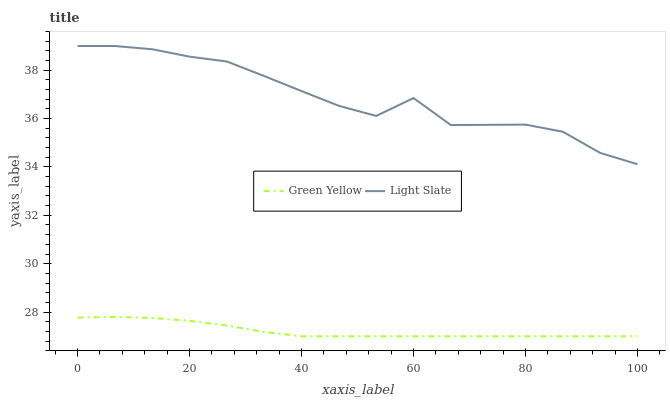
| xaxis_label | Green Yellow | Light Slate |
 | --- | --- | --- |
 | 0 | 27.8 | 39 |
 | 6.67 | 27.8 | 39 |
 | 13.3 | 27.8 | 38.9 |
 | 20 | 27.6 | 38.6 |
 | 26.7 | 27.4 | 38.4 |
 | 33.3 | 27.2 | 37.8 |
 | 40 | 27 | 37.1 |
 | 46.7 | 27 | 36.5 |
 | 53.3 | 27 | 36.1 |
 | 60 | 27 | 36.8 |
 | 66.7 | 27 | 35.7 |
 | 73.3 | 27 | 35.7 |
 | 80 | 27 | 35.7 |
 | 86.7 | 27 | 35.5 |
 | 93.3 | 27 | 34.6 |
 | 100 | 27 | 34.1 |